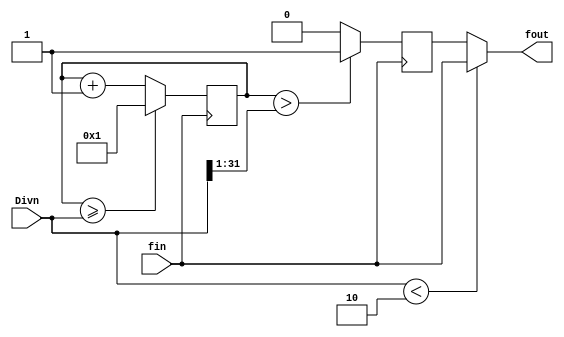
module fDIV( fin, Divn, fout);
input fin;
input[31:0] Divn;
output fout;
reg fout0;
wire _fout;
wire[31:0] _Divn, ncount;
reg[31:0] count;

assign _Divn={1'b0,Divn[31:1]};

always@(posedge fin)
begin
count <= ncount;
fout0 <= _fout;
end

assign ncount=(count>=Divn)?32'd1:count+1;
assign _fout=(count>_Divn)?1'b1:1'b0;
assign fout=(Divn<8'd2)?fin:fout0;

endmodule